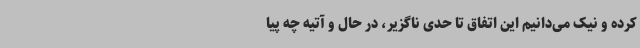
کرده و نیک می‌دانیم این اتفاق تا حدی ناگزیر، در حال و آتیه چه پیا